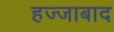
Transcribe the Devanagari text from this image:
हज्जाबाद